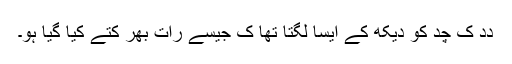
دِدِ کِ چُد کو دیکھ کے ایسا لگتا تھا کِ جیسے رات بھر کُتے کِیا گیا ہو۔